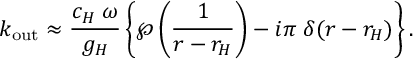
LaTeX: k _ { \mathrm { o u t } } \approx { \frac { c _ { H } \; \omega } { g _ { H } } } \left\{ \wp \left( { \frac { 1 } { r - r _ { H } } } \right) - i \pi \; \delta ( r - r _ { H } ) \right\} .